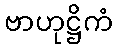
ဗာဟုဋ္ဌိကံ